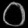
Digit: ၀